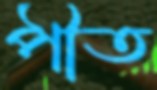
পীত